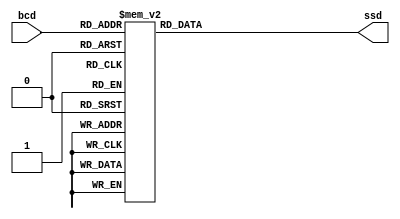
`timescale 1ns / 1ps
//////////////////////////////////////////////////////////////////////////////////
// Company: 
// Engineer: 
// 
// Design Name: 
// Module Name: BCD_to_SSD
// Project Name: 
// Target Devices: 
// Tool Versions: 
// Description: 
// 
// Dependencies: 
// 
// Revision:
// Revision 0.01 - File Created
// Additional Comments:
// 
//////////////////////////////////////////////////////////////////////////////////

//    define segment codes
    `define SS_0 8'b00000011
    `define SS_1 8'b10011111
    `define SS_2 8'b00100101
    `define SS_3 8'b00001101
    `define SS_4 8'b10011001
    `define SS_5 8'b01001001
    `define SS_6 8'b01000001
    `define SS_7 8'b00011111
    `define SS_8 8'b00000001
    `define SS_9 8'b00001001
    `define SS_V 8'b10000011
    `define SS_A 8'b00010001
    `define SS_L 8'b11100011
    `define SS_P 8'b00110001
    `define SS_minus 8'b11111101
    `define SS_dark 8'b11111111

module bcd_to_ssd(bcd, ssd);

    input [3:0] bcd;
    output reg [7:0] ssd;
    
    always @*
    case(bcd)
        4'd0: ssd = `SS_0;
        4'd1: ssd = `SS_1;
        4'd2: ssd = `SS_2;
        4'd3: ssd = `SS_3;
        4'd4: ssd = `SS_4;
        4'd5: ssd = `SS_5;
        4'd6: ssd = `SS_6;
        4'd7: ssd = `SS_7;
        4'd8: ssd = `SS_8;
        4'd9: ssd = `SS_9;
        4'd10: ssd = `SS_V;
        4'd11: ssd = `SS_A;
        4'd12: ssd = `SS_L;
        4'd13: ssd = `SS_P;
        4'd14: ssd = `SS_minus;
        4'd15: ssd = `SS_dark;
        default: ssd = 8'b11111111;
    endcase
endmodule